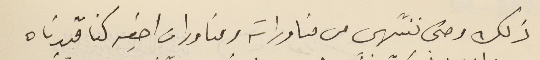
ذلك وحتى ننتهى من مناوراته ومناورات اخيه كنا قيدناه